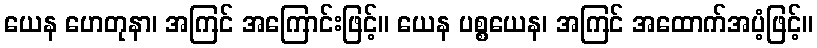
ယေန ဟေတုနာ၊ အကြင် အကြောင်းဖြင့်။ ယေန ပစ္စယေန၊ အကြင် အထောက်အပံ့ဖြင့်။